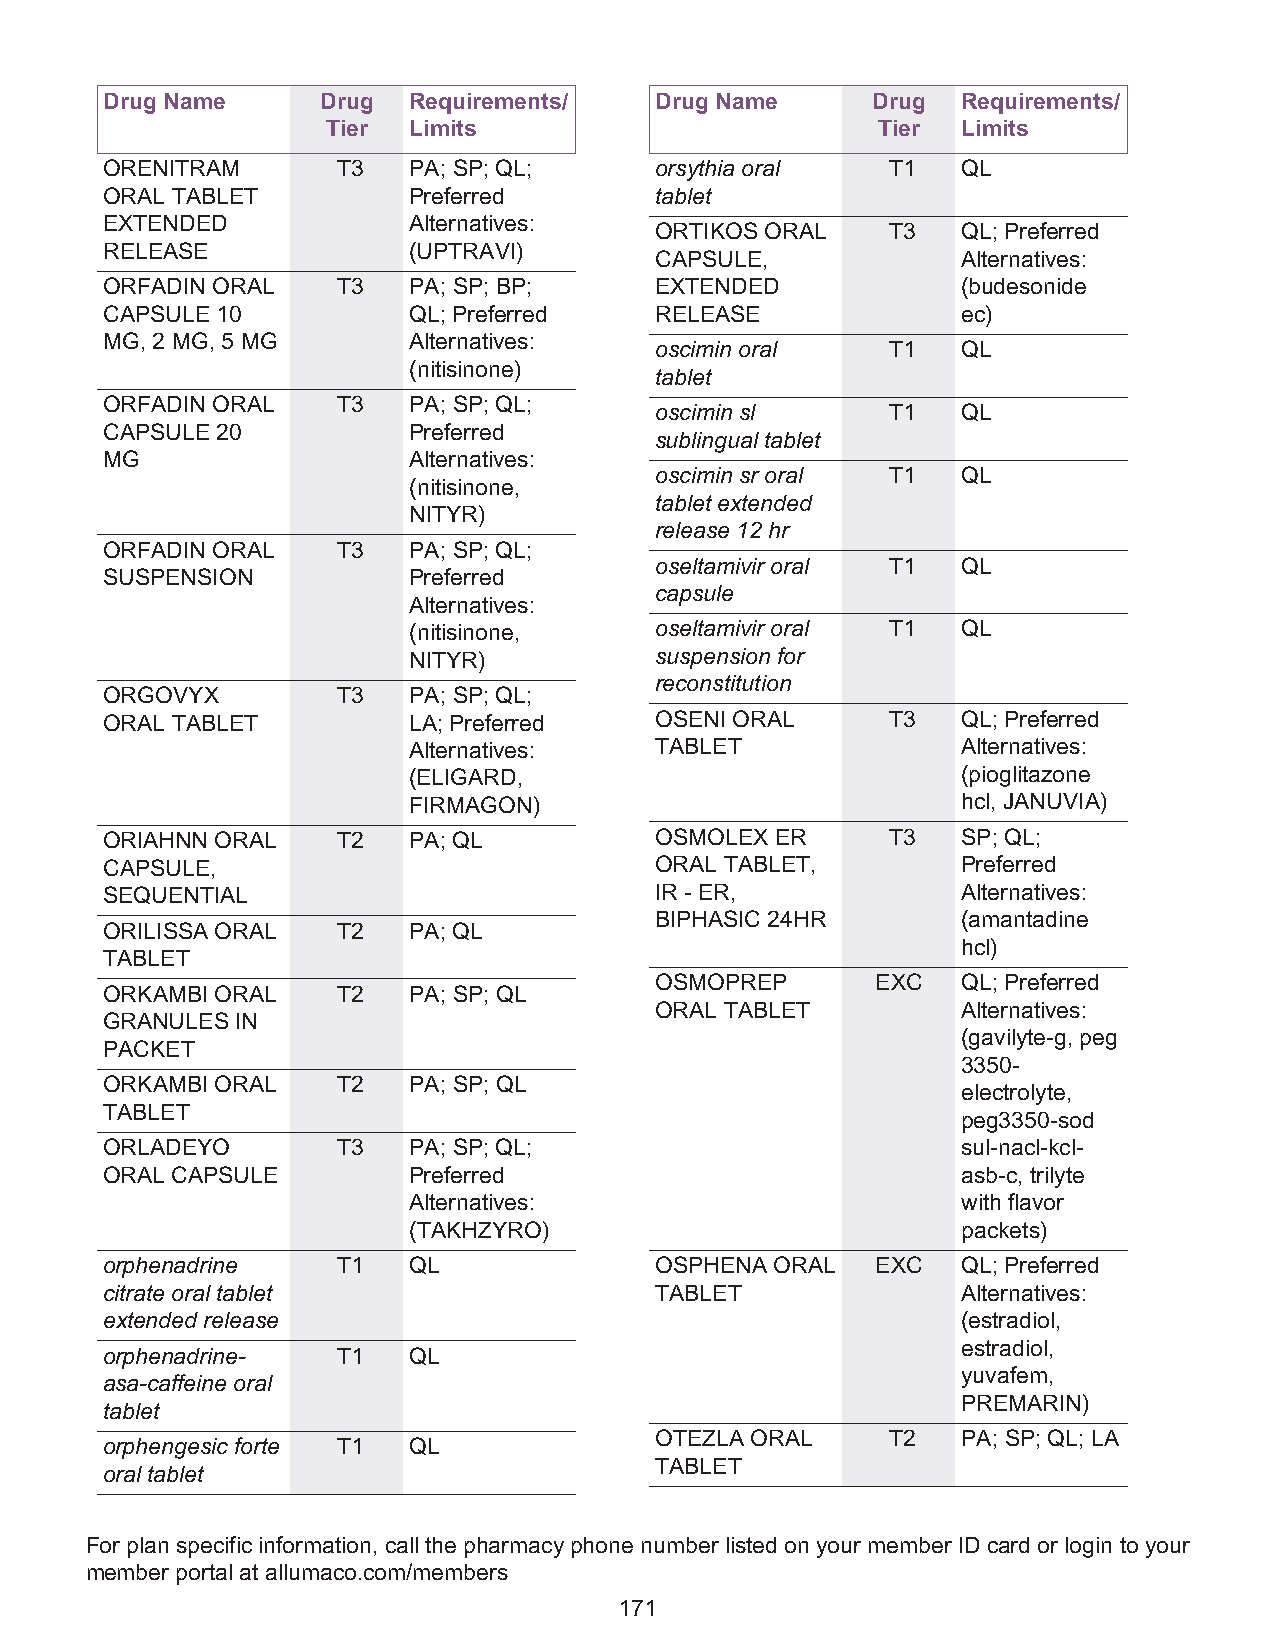
Drug Name     Drug  Requirements/   Drug Name      Drug  Requirements/
 Tier Limits                         Tier  Limits
 ORENITRAM      T3   PA; SP; QL;     orsythia oral   T1   QL
 ORAL TABLET         Preferred       tablet
 EXTENDED            Alternatives:
 ORTIKOS ORAL    T3   QL; Preferred
 RELEASE             (UPTRAVI)
 CAPSULE,             Alternatives:
 ORFADIN ORAL   T3   PA; SP; BP;     EXTENDED             (budesonide
 CAPSULE 10          QL; Preferred   RELEASE              ec)
 MG, 2 MG, 5 MG      Alternatives:
 oscimin oral    T1   QL
 (nitisinone)
 tablet
 ORFADIN ORAL   T3   PA; SP; QL;
 oscimin sl      T1   QL
 CAPSULE 20          Preferred
 sublingual tablet
 MG                  Alternatives:
 oscimin sr oral T1   QL
 (nitisinone,
 tablet extended
 NITYR)
 release 12 hr
 ORFADIN ORAL   T3   PA; SP; QL;
 oseltamivir oral T1  QL
 SUSPENSION          Preferred
 capsule
 Alternatives:
 (nitisinone,    oseltamivir oral T1  QL
 NITYR)          suspension for
 reconstitution
 ORGOVYX        T3   PA; SP; QL;
 ORAL TABLET         LA; Preferred   OSENI ORAL      T3   QL; Preferred
 Alternatives:   TABLET               Alternatives:
 (ELIGARD,                            (pioglitazone
 FIRMAGON)                            hcl, JANUVIA)
 ORIAHNN ORAL   T2   PA; QL          OSMOLEX ER      T3   SP; QL;
 CAPSULE,                            ORAL TABLET,         Preferred
 SEQUENTIAL                          IR - ER,             Alternatives:
 BIPHASIC 24HR        (amantadine
 ORILISSA ORAL  T2   PA; QL
 hcl)
 TABLET
 OSMOPREP       EXC   QL; Preferred
 ORKAMBI ORAL   T2   PA; SP; QL
 ORAL TABLET          Alternatives:
 GRANULES IN
 (gavilyte-g, peg
 PACKET
 3350-
 ORKAMBI ORAL   T2   PA; SP; QL
 electrolyte,
 TABLET
 peg3350-sod
 ORLADEYO       T3   PA; SP; QL;                          sul-nacl-kcl-
 ORAL CAPSULE        Preferred                            asb-c, trilyte
 Alternatives:                        with flavor
 (TAKHZYRO)                           packets)
 orphenadrine   T1   QL              OSPHENA ORAL   EXC   QL; Preferred
 citrate oral tablet                 TABLET               Alternatives:
 extended release                                         (estradiol,
 estradiol,
 orphenadrine-  T1   QL
 yuvafem,
 asa-caffeine oral
 PREMARIN)
 tablet
 OTEZLA ORAL     T2   PA; SP; QL; LA
 orphengesic forte T1 QL
 TABLET
 oral tablet
 For plan specific information, call the pharmacy phone number listed on your member ID card or login to your
 member portal at allumaco.com/members
 171